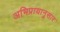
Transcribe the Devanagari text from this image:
अभिप्रायानुसार